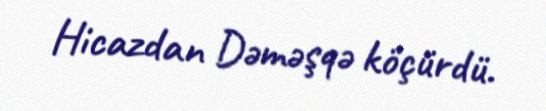
Hicazdan Dəməşqə köçürdü.